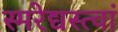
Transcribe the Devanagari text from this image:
स्मरेद्यस्त्वां